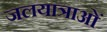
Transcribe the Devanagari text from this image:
जलयात्राओं